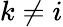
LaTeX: k\ne i